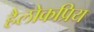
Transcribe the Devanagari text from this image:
हैलोकप्रिय